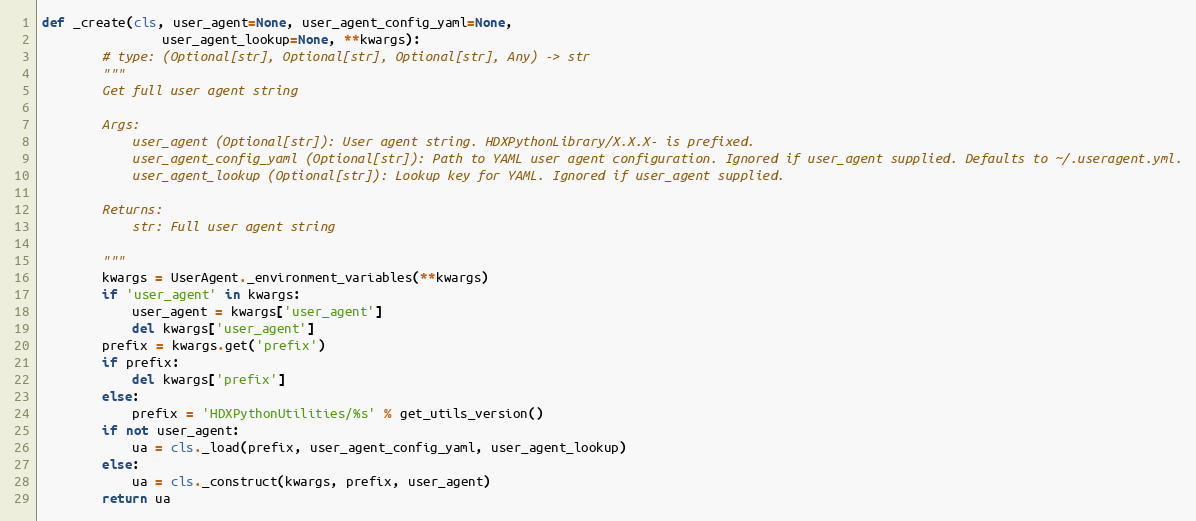
Language: Python
def _create(cls, user_agent=None, user_agent_config_yaml=None,
                user_agent_lookup=None, **kwargs):
        # type: (Optional[str], Optional[str], Optional[str], Any) -> str
        """
        Get full user agent string

        Args:
            user_agent (Optional[str]): User agent string. HDXPythonLibrary/X.X.X- is prefixed.
            user_agent_config_yaml (Optional[str]): Path to YAML user agent configuration. Ignored if user_agent supplied. Defaults to ~/.useragent.yml.
            user_agent_lookup (Optional[str]): Lookup key for YAML. Ignored if user_agent supplied.

        Returns:
            str: Full user agent string

        """
        kwargs = UserAgent._environment_variables(**kwargs)
        if 'user_agent' in kwargs:
            user_agent = kwargs['user_agent']
            del kwargs['user_agent']
        prefix = kwargs.get('prefix')
        if prefix:
            del kwargs['prefix']
        else:
            prefix = 'HDXPythonUtilities/%s' % get_utils_version()
        if not user_agent:
            ua = cls._load(prefix, user_agent_config_yaml, user_agent_lookup)
        else:
            ua = cls._construct(kwargs, prefix, user_agent)
        return ua